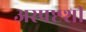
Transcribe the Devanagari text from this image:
अस्पष्टशी